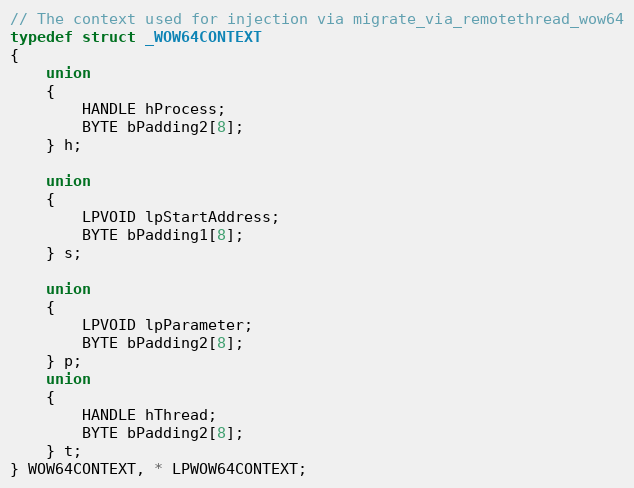
Language: C
// The context used for injection via migrate_via_remotethread_wow64
typedef struct _WOW64CONTEXT
{
	union
	{
 		HANDLE hProcess;
		BYTE bPadding2[8];
	} h;

 	union
	{
		LPVOID lpStartAddress;
		BYTE bPadding1[8];
	} s;

	union
	{
 		LPVOID lpParameter;
		BYTE bPadding2[8];
	} p;
	union
	{
		HANDLE hThread;
		BYTE bPadding2[8];
	} t;
} WOW64CONTEXT, * LPWOW64CONTEXT;